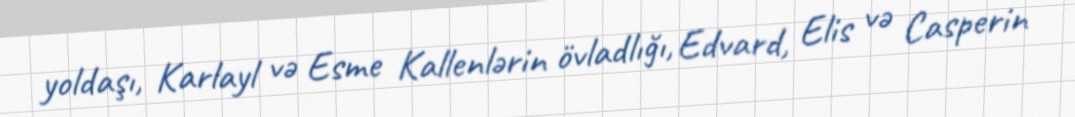
yoldaşı, Karlayl və Esme Kallenlərin övladlığı, Edvard, Elis və Casperin